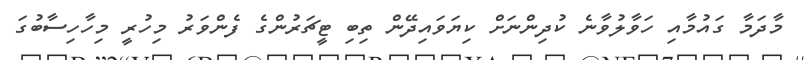
މާދަމާ ގައުމާއި ހަވާލުވާނެ ކުދިންނަށް ކިޔަވައިދޭން ތިބި ޓީޗަރުންގެ ފެންވަރު މިހުރީ މިހާހިސާބުގަ